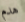
هدم